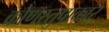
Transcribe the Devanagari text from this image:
कोणस्तुपाकार